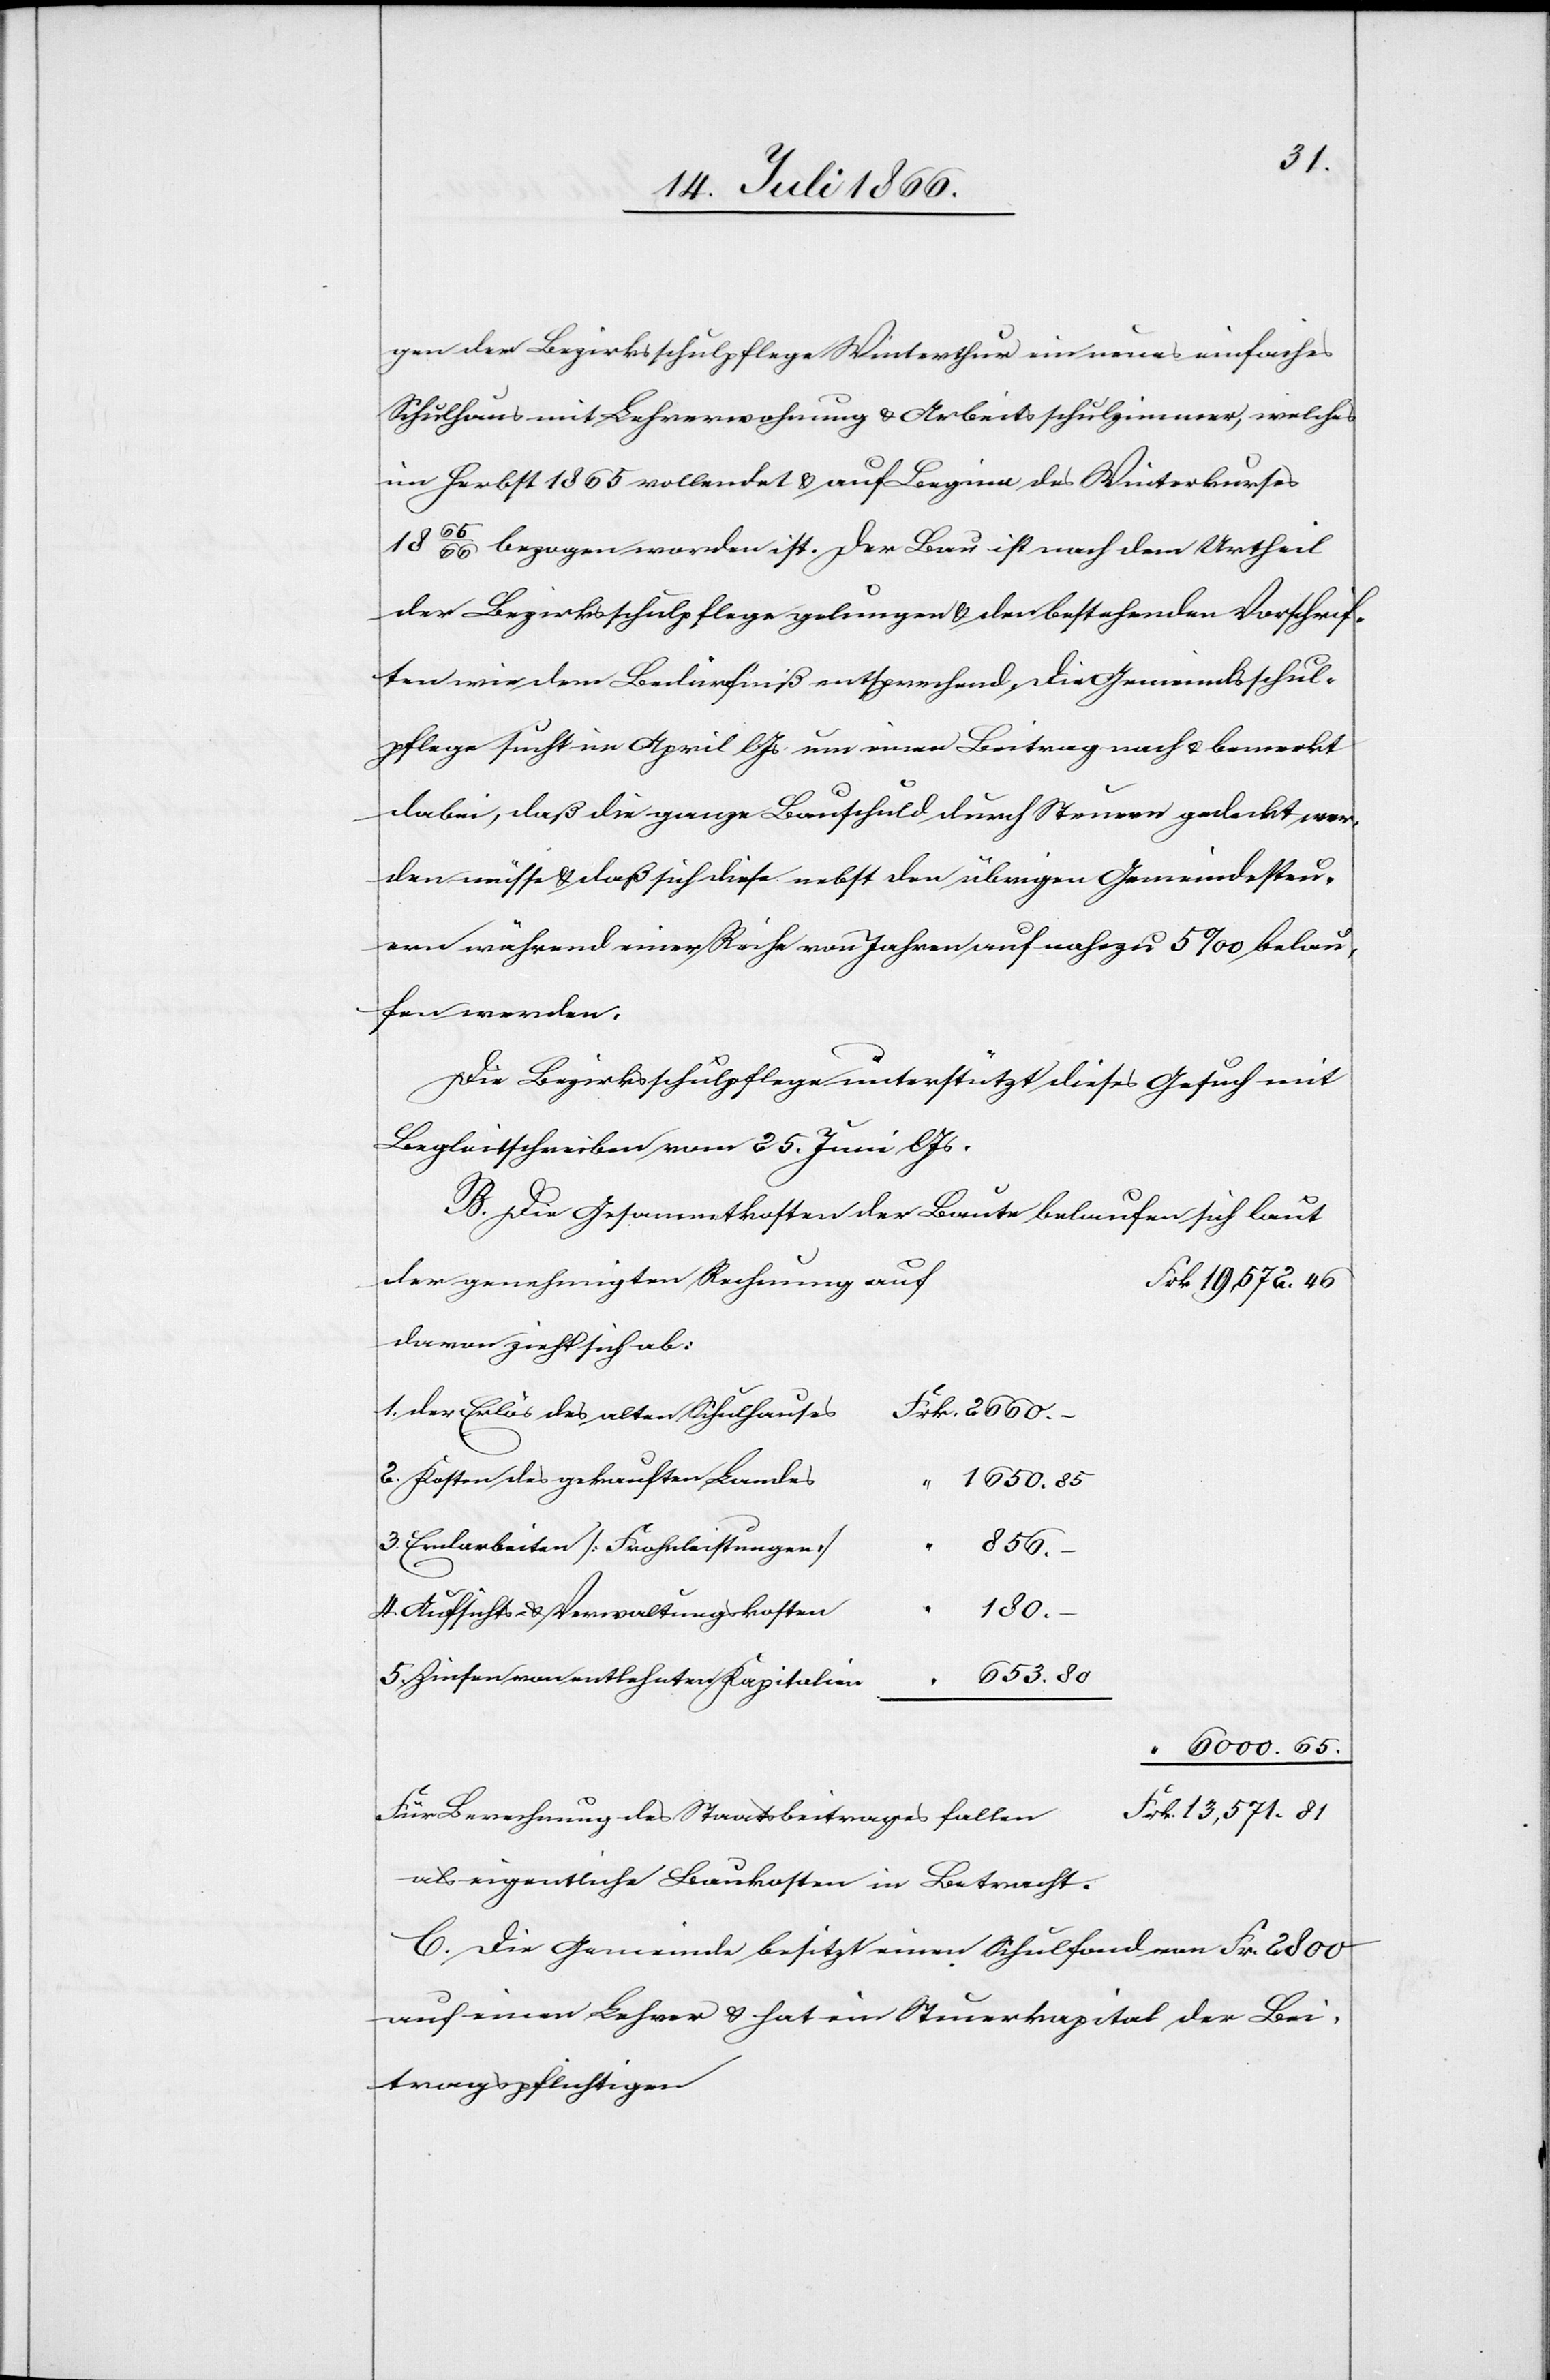
gen der Bezirksschulpflege Winterthur ein neues einfaches
Schulhaus mit Lehrerwohnung u. Arbeitsschulzimmer, welches
im Herbst 1865 vollendet u. auf Beginn des Winterkurses
1865/66 bezogen worden ist. Der Bau ist nach dem Urtheil
der Bezirksschulpflege gelungen u. den bestehenden Vorschrif¬
ten wie dem Bedürfniß entsprechend. Die Gemeindsschul¬
pflege sucht im April l. Js. um einen Beitrag nach u. bemerkt
dabei, daß die ganze Bauschuld durch Steuer gedeckt wer¬
den müsse u. daß sich diese nebst den übrigen Gemeindssteu¬
ern während einer Reihe von Jahren auf nahezu 5 ‰ belau¬
fen werde.
Die Bezirksschulpflege unterstützt dieses Gesuch mit
Begleitschreiben vom 25. Juni l Js.
B. Die Gesammtkosten der Baute belaufen sich laut
der genehmigten Rechnung auf
davon zieht sich ab:
der Erlös des alten Schulhauses
Kosten des gekauften Landes
5.
1650.
Erdarbeiten [Frohnleistungen]
6000.65.
Aufsichts- u. Verwaltungskosten
180.
Zinsen von entlehnten Kapitalien
13
Für Berechnung des Staatsbeitrages fallen
als eigentliche Baukosten in Betracht.
C. Die Gemeinde besitzt einen Schulfond von Frk. 2800
auf einen Lehrer u. hat ein Steuerkapital der Bei¬
tragspflichtigen